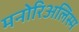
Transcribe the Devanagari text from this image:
मनोरिअलिस्म